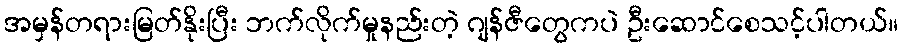
အမှန်တရားမြတ်နိုးပြီး ဘက်လိုက်မှုနည်းတဲ့ ဂျန်ဇီတွေကပဲ ဦးဆောင်စေသင့်ပါတယ်။